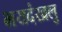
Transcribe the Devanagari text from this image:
भयदंखलु